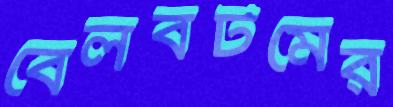
বেলবটমের